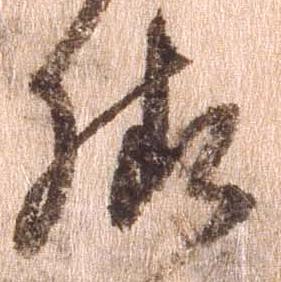
様